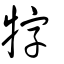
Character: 牸